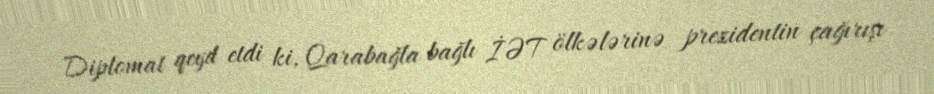
Diplomat qeyd etdi ki, Qarabağla bağlı İƏT ölkələrinə prezidentin çağırışı